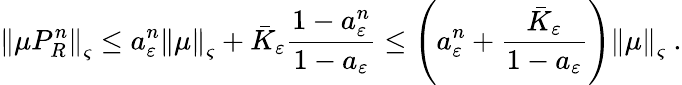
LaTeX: \left\Vert\mu P_{R}^{n}\right\Vert_{\varsigma}\leq a_{\varepsilon}^{n}\left\Vert\mu\right\Vert_{\varsigma}+\bar{K}_{\varepsilon}\frac{1-a_{\varepsilon}^{n}}{1-a_{\varepsilon}}\leq\left(a_{\varepsilon}^{n}+\frac{\bar{K}_{\varepsilon}}{1-a_{\varepsilon}}\right)\left\Vert\mu\right\Vert_{\varsigma}\ .